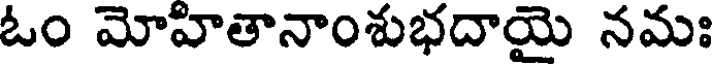
ఓం మోహితానాంశుభదాయై నమః